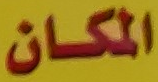
المكان